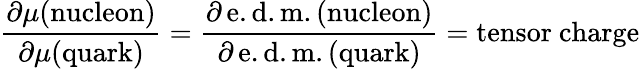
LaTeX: {\frac{\partial\mu(\mathrm{nucleon})}{\partial\mu(\mathrm{quark})}}={\frac{\partial\, \mathrm{e.d.m.(nucleon})}{\partial\, \mathrm{e.d.m.(quark})}}=\mathrm{tensor~charge}